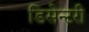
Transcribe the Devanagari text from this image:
डिसेन्टरी